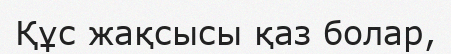
Құс жақсысы қаз болар,